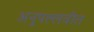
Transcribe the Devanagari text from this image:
अनुपल्लवीत